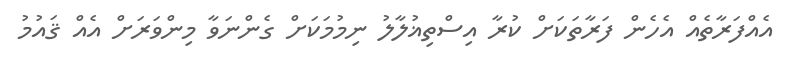
އެއްފަރާތެއް އެހެން ފަރާތަކަށް ކުރާ އިސްތިޣުލާލު ނިމުމަކަށް ގެންނަވާ މިންވަރަށް އެއް ޤައުމު